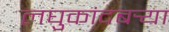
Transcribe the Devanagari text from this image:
लघुकांदबर्‍या